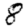
Digit: 8